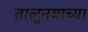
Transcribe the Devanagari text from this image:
तालु्नयाच्या